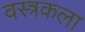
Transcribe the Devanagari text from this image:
वस्त्रकला